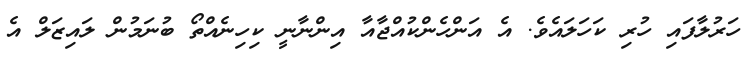
ހަރުލާފައި ހުރި ކަހަލައެވެ. އެ އަންހެންކުއްޖާއާ އިންނާނީ ކިހިނެއްތޯ ބުނަމުން ލައިޒަލް އެ